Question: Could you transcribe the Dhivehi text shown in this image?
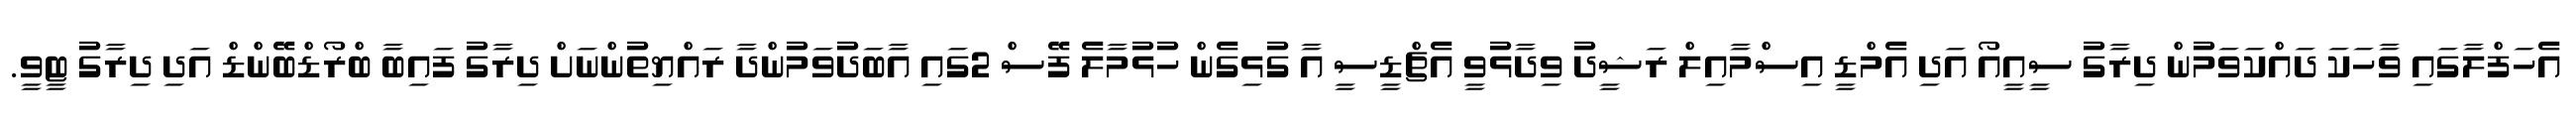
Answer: އެހަފްލާގައި ވާހަކަ ދައްކަވަމުން ދިރާގު ސީއީއޯ އަދި އެމްޑީ އިސްމާއިލް ރަޝީދު ވިދާޅުވީ އެޗްޑީސީ އާ ގުޅިގެން ހުޅުމާލެ ފޭސް 2ގައި އާބަދުވަމުންދާ ރައްޔިތުންނަށް ދިރާގު ފައިބާ ބްރޯޑްބޭންޑް އަދި ދިރާގު ޓީވީ.